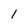
Character: 1